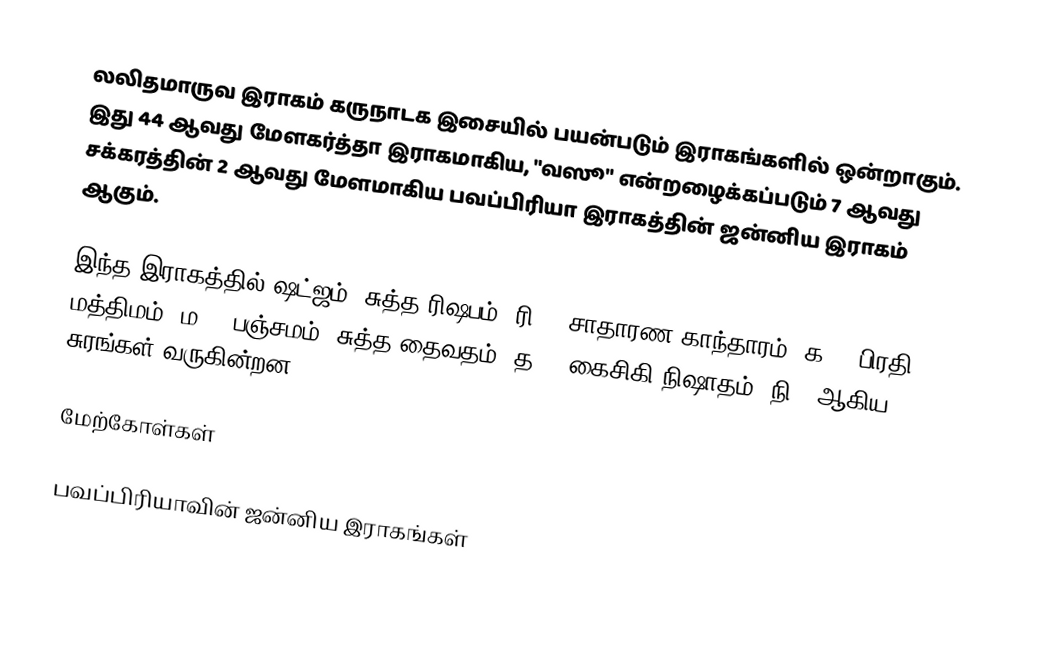
லலிதமாருவ இராகம் கருநாடக இசையில் பயன்படும் இராகங்களில் ஒன்றாகும். இது 44 ஆவது மேளகர்த்தா இராகமாகிய, "வஸூ" என்றழைக்கப்படும் 7 ஆவது சக்கரத்தின் 2 ஆவது மேளமாகிய பவப்பிரியா இராகத்தின் ஜன்னிய இராகம் ஆகும்.

இந்த இராகத்தில் ஷட்ஜம், சுத்த ரிஷபம் (ரி1), சாதாரண காந்தாரம் (க2), பிரதி மத்திமம் (ம2), பஞ்சமம், சுத்த தைவதம் (த2), கைசிகி நிஷாதம் (நி2) ஆகிய சுரங்கள் வருகின்றன.

மேற்கோள்கள்

பவப்பிரியாவின் ஜன்னிய இராகங்கள்